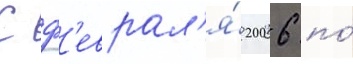
С ф'еврал'я́ 2006 по́